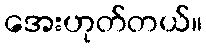
အေးဟုတ်တယ်။